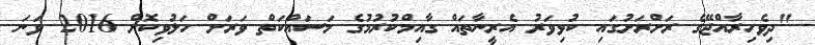
"ދިވެހިރާއްޖޭގެ ރަށްރަށުގައި ކުޅިވަރު އެރީނާތައް ގާއިމްކުރުމުގެ މަސައްކަތް ވަރަށް ހަލުވިކޮށް 2016 ވަނަ